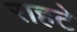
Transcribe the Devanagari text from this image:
राहटे